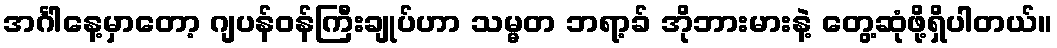
အင်္ဂါနေ့မှာတော့ ဂျပန်ဝန်ကြီးချုပ်ဟာ သမ္မတ ဘရာ့ခ် အိုဘားမားနဲ့ တွေ့ဆုံဖို့ရှိပါတယ်။